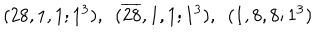
( 2 8 , 1 , 1 ; 1 ^ { 3 } ) , ~ ~ ( \overline { { { 2 8 } } } , 1 , 1 ; 1 ^ { 3 } ) , ~ ~ ( 1 , 8 , 8 ; 1 ^ { 3 } )